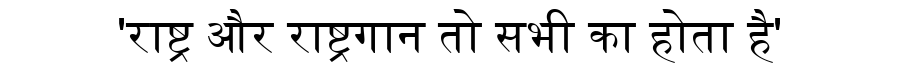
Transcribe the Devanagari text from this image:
'राष्ट्र और राष्ट्रगान तो सभी का होता है'